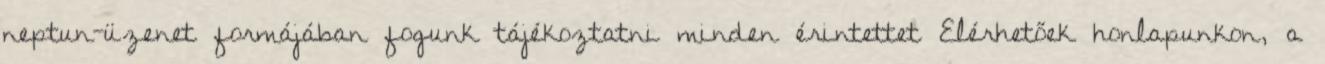
neptun-üzenet formájában fogunk tájékoztatni minden érintettet Elérhetőek honlapunkon, a